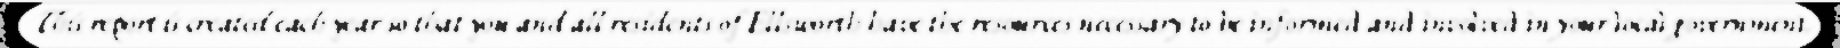
This report is created each year so that you and all residents of Ellsworth have the resources necessary to be informed and involved in your local government.